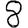
Digit: 8